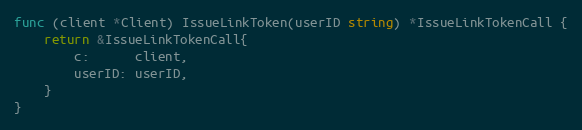
Language: Go
func (client *Client) IssueLinkToken(userID string) *IssueLinkTokenCall {
	return &IssueLinkTokenCall{
		c:      client,
		userID: userID,
	}
}